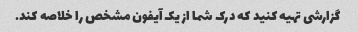
گزارشی تهیه کنید که درک شما از یک آیفون مشخص را خلاصه کند.